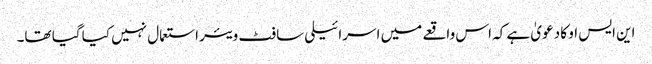
این ایس او کا دعویٰ ہے کہ اس واقعے میں اسرائیلی سافٹ ویئر استعمال نہیں کیا گیا تھا۔